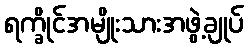
ရက္ခိုင်အမျိုးသားအဖွဲ့ချုပ်